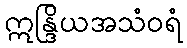
ဣန္ဒြိယအသံဝရံ